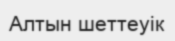
Алтын шеттеуік